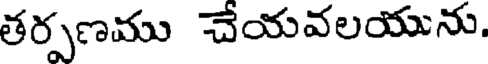
తర్పణము చేయవలయును.